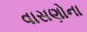
વાસણોના